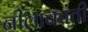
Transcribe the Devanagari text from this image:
नीलाकांती